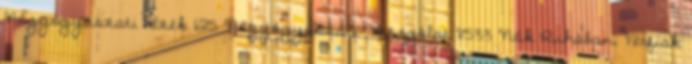
Nőgyógyászati Szék 125 Nőgyógyászati Vizsgálat 8533 Nők Ruhában, Férfiak